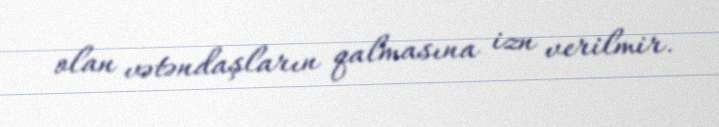
olan vətəndaşların qalmasına izn verilmir.